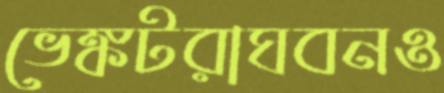
ভেঙ্কটরাঘবনও